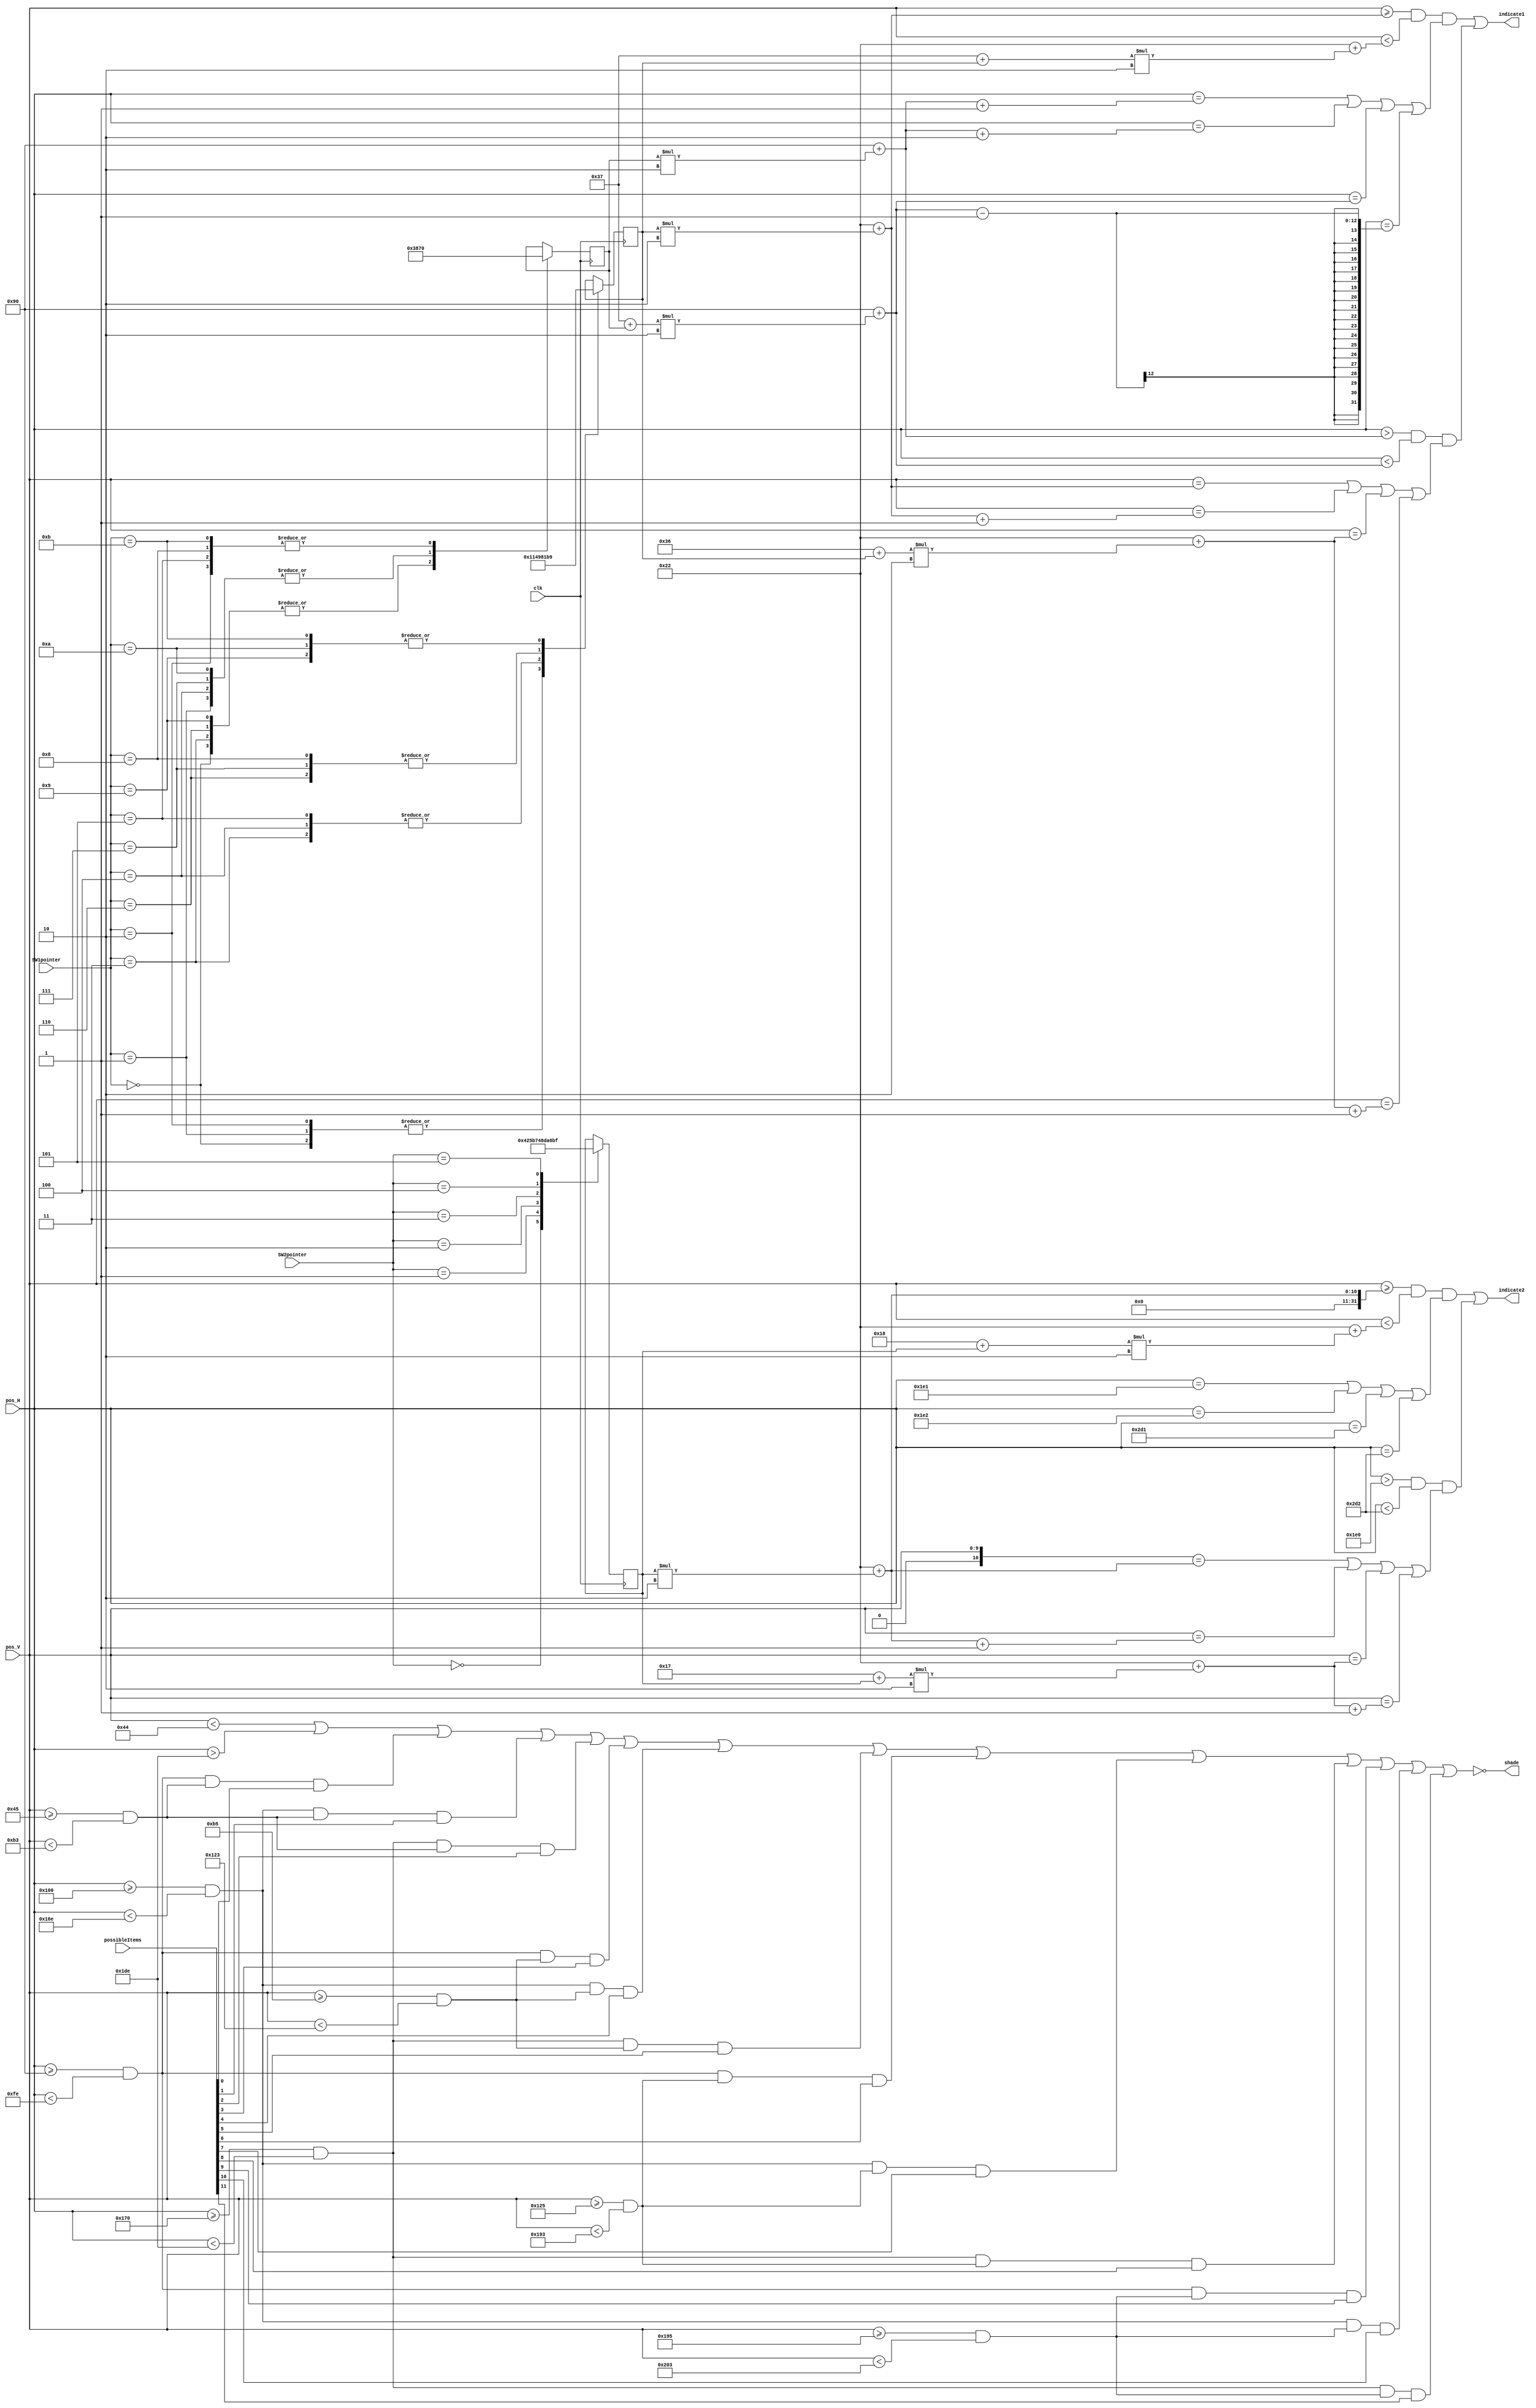
module Indicator(clk, pos_H, pos_V, possibleItems, SW1pointer, SW2pointer, shade, indicate1, indicate2);

input clk;
input[9:0] pos_H, pos_V;
input[11:0] possibleItems;
input[3:0] SW1pointer, SW2pointer;
output wire shade, indicate1, indicate2;

wire AlwaysHigh;
wire[11:0] item;
wire[2:0] column;
wire[3:0] row;
wire xline1, yline1, xline2, yline2;

reg[7:0] SW1xcoord, SW1ycoord, SW2xcoord, SW2ycoord;

initial begin
	SW1xcoord = 0;
	SW1ycoord = 17;
	SW2xcoord = 168;
	SW2ycoord = 66;
end


//Selected items will be highlighted according to their codes,
//others will be shaded 
assign AlwaysHigh = (pos_V < 34+17*2 || pos_H > 144+167*2);

assign column[0] = ((pos_H >= 144) && (pos_H < 144+55*2)); 
assign column[1] = ((pos_H >= 144+56*2) && (pos_H < 144+111*2));
assign column[2] = ((pos_H >= 144+112*2) && (pos_H < 144+167*2));

assign row[0] = ((pos_V >= 35+17*2) && (pos_V < 35+72*2));
assign row[1] = ((pos_V >= 35+73*2) && (pos_V < 35+128*2));
assign row[2] = ((pos_V >= 35+129*2) && (pos_V < 35+184*2));
assign row[3] = ((pos_V >= 35+185*2) && (pos_V < 35+240*2));

assign item[0] = ((column[0] && row[0]) && possibleItems[0]);
assign item[1] = ((column[1] && row[0]) && possibleItems[1]);
assign item[2] = ((column[2] && row[0]) && possibleItems[2]);
assign item[3] = ((column[0] && row[1]) && possibleItems[3]);
assign item[4] = ((column[1] && row[1]) && possibleItems[4]);
assign item[5] = ((column[2] && row[1]) && possibleItems[5]);
assign item[6] = ((column[0] && row[2]) && possibleItems[6]);
assign item[7] = ((column[1] && row[2]) && possibleItems[7]);
assign item[8] = ((column[2] && row[2]) && possibleItems[8]);
assign item[9] = ((column[0] && row[3]) && possibleItems[9]);
assign item[10] = ((column[1] && row[3]) && possibleItems[10]);
assign item[11] = ((column[2] && row[3]) && possibleItems[11]);

assign shade = !(AlwaysHigh || item[0] || item[1] || item[2] || item[3] || item[4] || item[5] || item[6] || item[7] || item[8] || item[9] || item[10] || item[11]);


always @(posedge clk) begin
	case(SW1pointer)
	4'd0: begin
				SW1xcoord <= 0;
				SW1ycoord <= 17;
			end
	4'd1: begin
				SW1xcoord <= 56;
				SW1ycoord <= 17;
			end
	4'd2: begin
				SW1xcoord <= 112;
				SW1ycoord <= 17;
			end
	4'd3: begin
				SW1xcoord <= 0;
				SW1ycoord <= 73;
			end
	4'd4: begin
				SW1xcoord <= 56;
				SW1ycoord <= 73;
			end
	4'd5: begin
				SW1xcoord <= 112;
				SW1ycoord <= 73;
			end
	4'd6: begin
				SW1xcoord <= 0;
				SW1ycoord <= 129;
			end
	4'd7: begin
				SW1xcoord <= 56;
				SW1ycoord <= 129;
			end
	4'd8: begin
				SW1xcoord <= 112;
				SW1ycoord <= 129;
			end
	4'd9: begin
				SW1xcoord <= 0;
				SW1ycoord <= 185;
			end
	4'd10: begin
				SW1xcoord <= 56;
				SW1ycoord <= 185;
			 end
	4'd11: begin
				SW1xcoord <= 112;
				SW1ycoord <= 185;
		    end
	endcase
	
	case(SW2pointer)
	4'd0: begin
				SW2ycoord <= 66;
			end
	4'd1: begin
				SW2ycoord <= 91;
			end
	4'd2: begin 
				SW2ycoord <= 116;
			end
	4'd3: begin 
				SW2ycoord <= 141;
			end
	4'd4: begin
				SW2ycoord <= 166;
			end
	4'd5: begin
				SW2ycoord <= 191;
			end
	endcase
end


//Producing a red square that enclosures the selected items
assign xline1 = (((pos_V >= 34+SW1ycoord*2) && (pos_V < 34+(55+SW1ycoord)*2)) && ((pos_H == 144+SW1xcoord*2+1) || (pos_H == 144+SW1xcoord*2+2) || (pos_H == 144+(55+SW1xcoord)*2) || (pos_H == 144+(55+SW1xcoord)*2-1)));
assign yline1 = (((pos_H > 144+SW1xcoord*2) && (pos_H < 144+(55+SW1xcoord)*2)) && ((pos_V == 34+SW1ycoord*2) || (pos_V == 34+SW1ycoord*2+1) || (pos_V == 34+(54+SW1ycoord)*2) || (pos_V == 34+(54+SW1ycoord)*2+1)));

assign indicate1 = (xline1 || yline1);


//Producing a red rectangle that enclosures the selected item names
assign xline2 = (((pos_V >= 34+SW2ycoord*2) && (pos_V < 34+(24+SW2ycoord)*2)) && ((pos_H == 144+SW2xcoord*2+1) || (pos_H == 144+SW2xcoord*2+2) || (pos_H == 144+(120+SW2xcoord)*2+1) || (pos_H == 144+(120+SW2xcoord)*2+2)));
assign yline2 = (((pos_H > 144+SW2xcoord*2) && (pos_H < 144+(121+SW2xcoord)*2)) && ((pos_V == 34+SW2ycoord*2) || (pos_V == 34+SW2ycoord*2+1) || (pos_V == 34+(23+SW2ycoord)*2) || (pos_V == 34+(23+SW2ycoord)*2+1)));

assign indicate2 = (xline2 || yline2);

endmodule